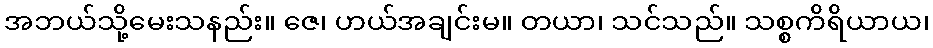
အဘယ်သို့မေးသနည်း။ ဇေ၊ ဟယ်အချင်းမ။ တယာ၊ သင်သည်။ သစ္စကိရိယာယ၊